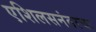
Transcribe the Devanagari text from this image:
एशिलसनंतरचा